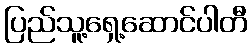
ပြည်သူ့ရှေ့ဆောင်ပါတီ